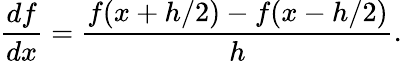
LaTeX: \frac{df}{dx}=\frac{f(x+h/2)-f(x-h/2)}{h}.